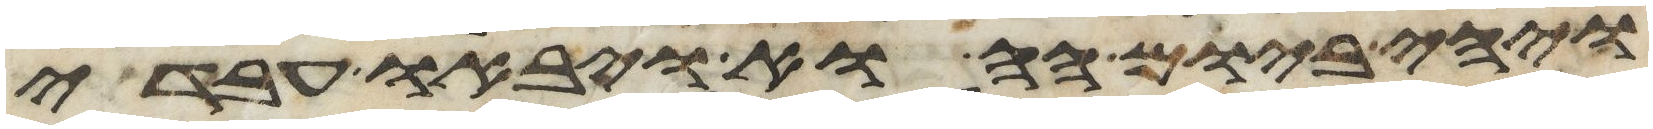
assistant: ויהי ביום ההוא ויבאו עבדי